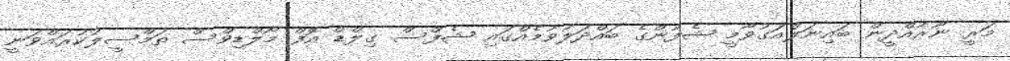
މަރީ ނޫރުއްދީން ބައިނަލްއަގުވާމީ ޝެފުންގެ ބައްދަލުވުމެއްގައި ޝެފްސް ގިލްޑް އޮފް މޯލްޑިވްސް ތަމްސީލުކުރައްވަނީ